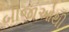
બીજાઓથી